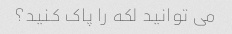
می توانید لکه را پاک کنید؟